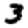
Digit: 3